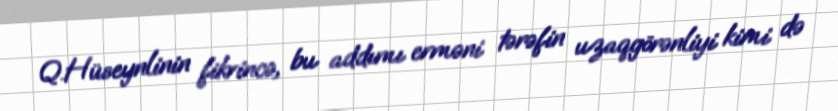
Q.Hüseynlinin fikrincə, bu addımı erməni tərəfin uzaqgörənliyi kimi də